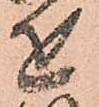
を